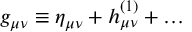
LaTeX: g _ { \mu \nu } \equiv \eta _ { \mu \nu } + h _ { \mu \nu } ^ { ( 1 ) } + \ldots